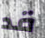
قد